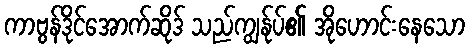
ကာဗွန်ဒိုင်အောက်ဆိုဒ် သည်ကျွန်ုပ်၏ အိုဟောင်းနေသော